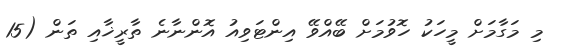
މި މަގާމަށް މީހަކު ހޮވުމަށް ބޭއްވޭ އިންޓަވިއު އޮންނާނެ ތާރީޚާއި ތަން (15